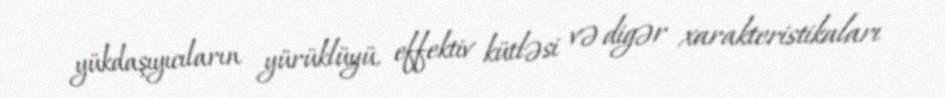
yükdaşıyıcıların yürüklüyü, effektiv kütləsi və digər xarakteristikaları